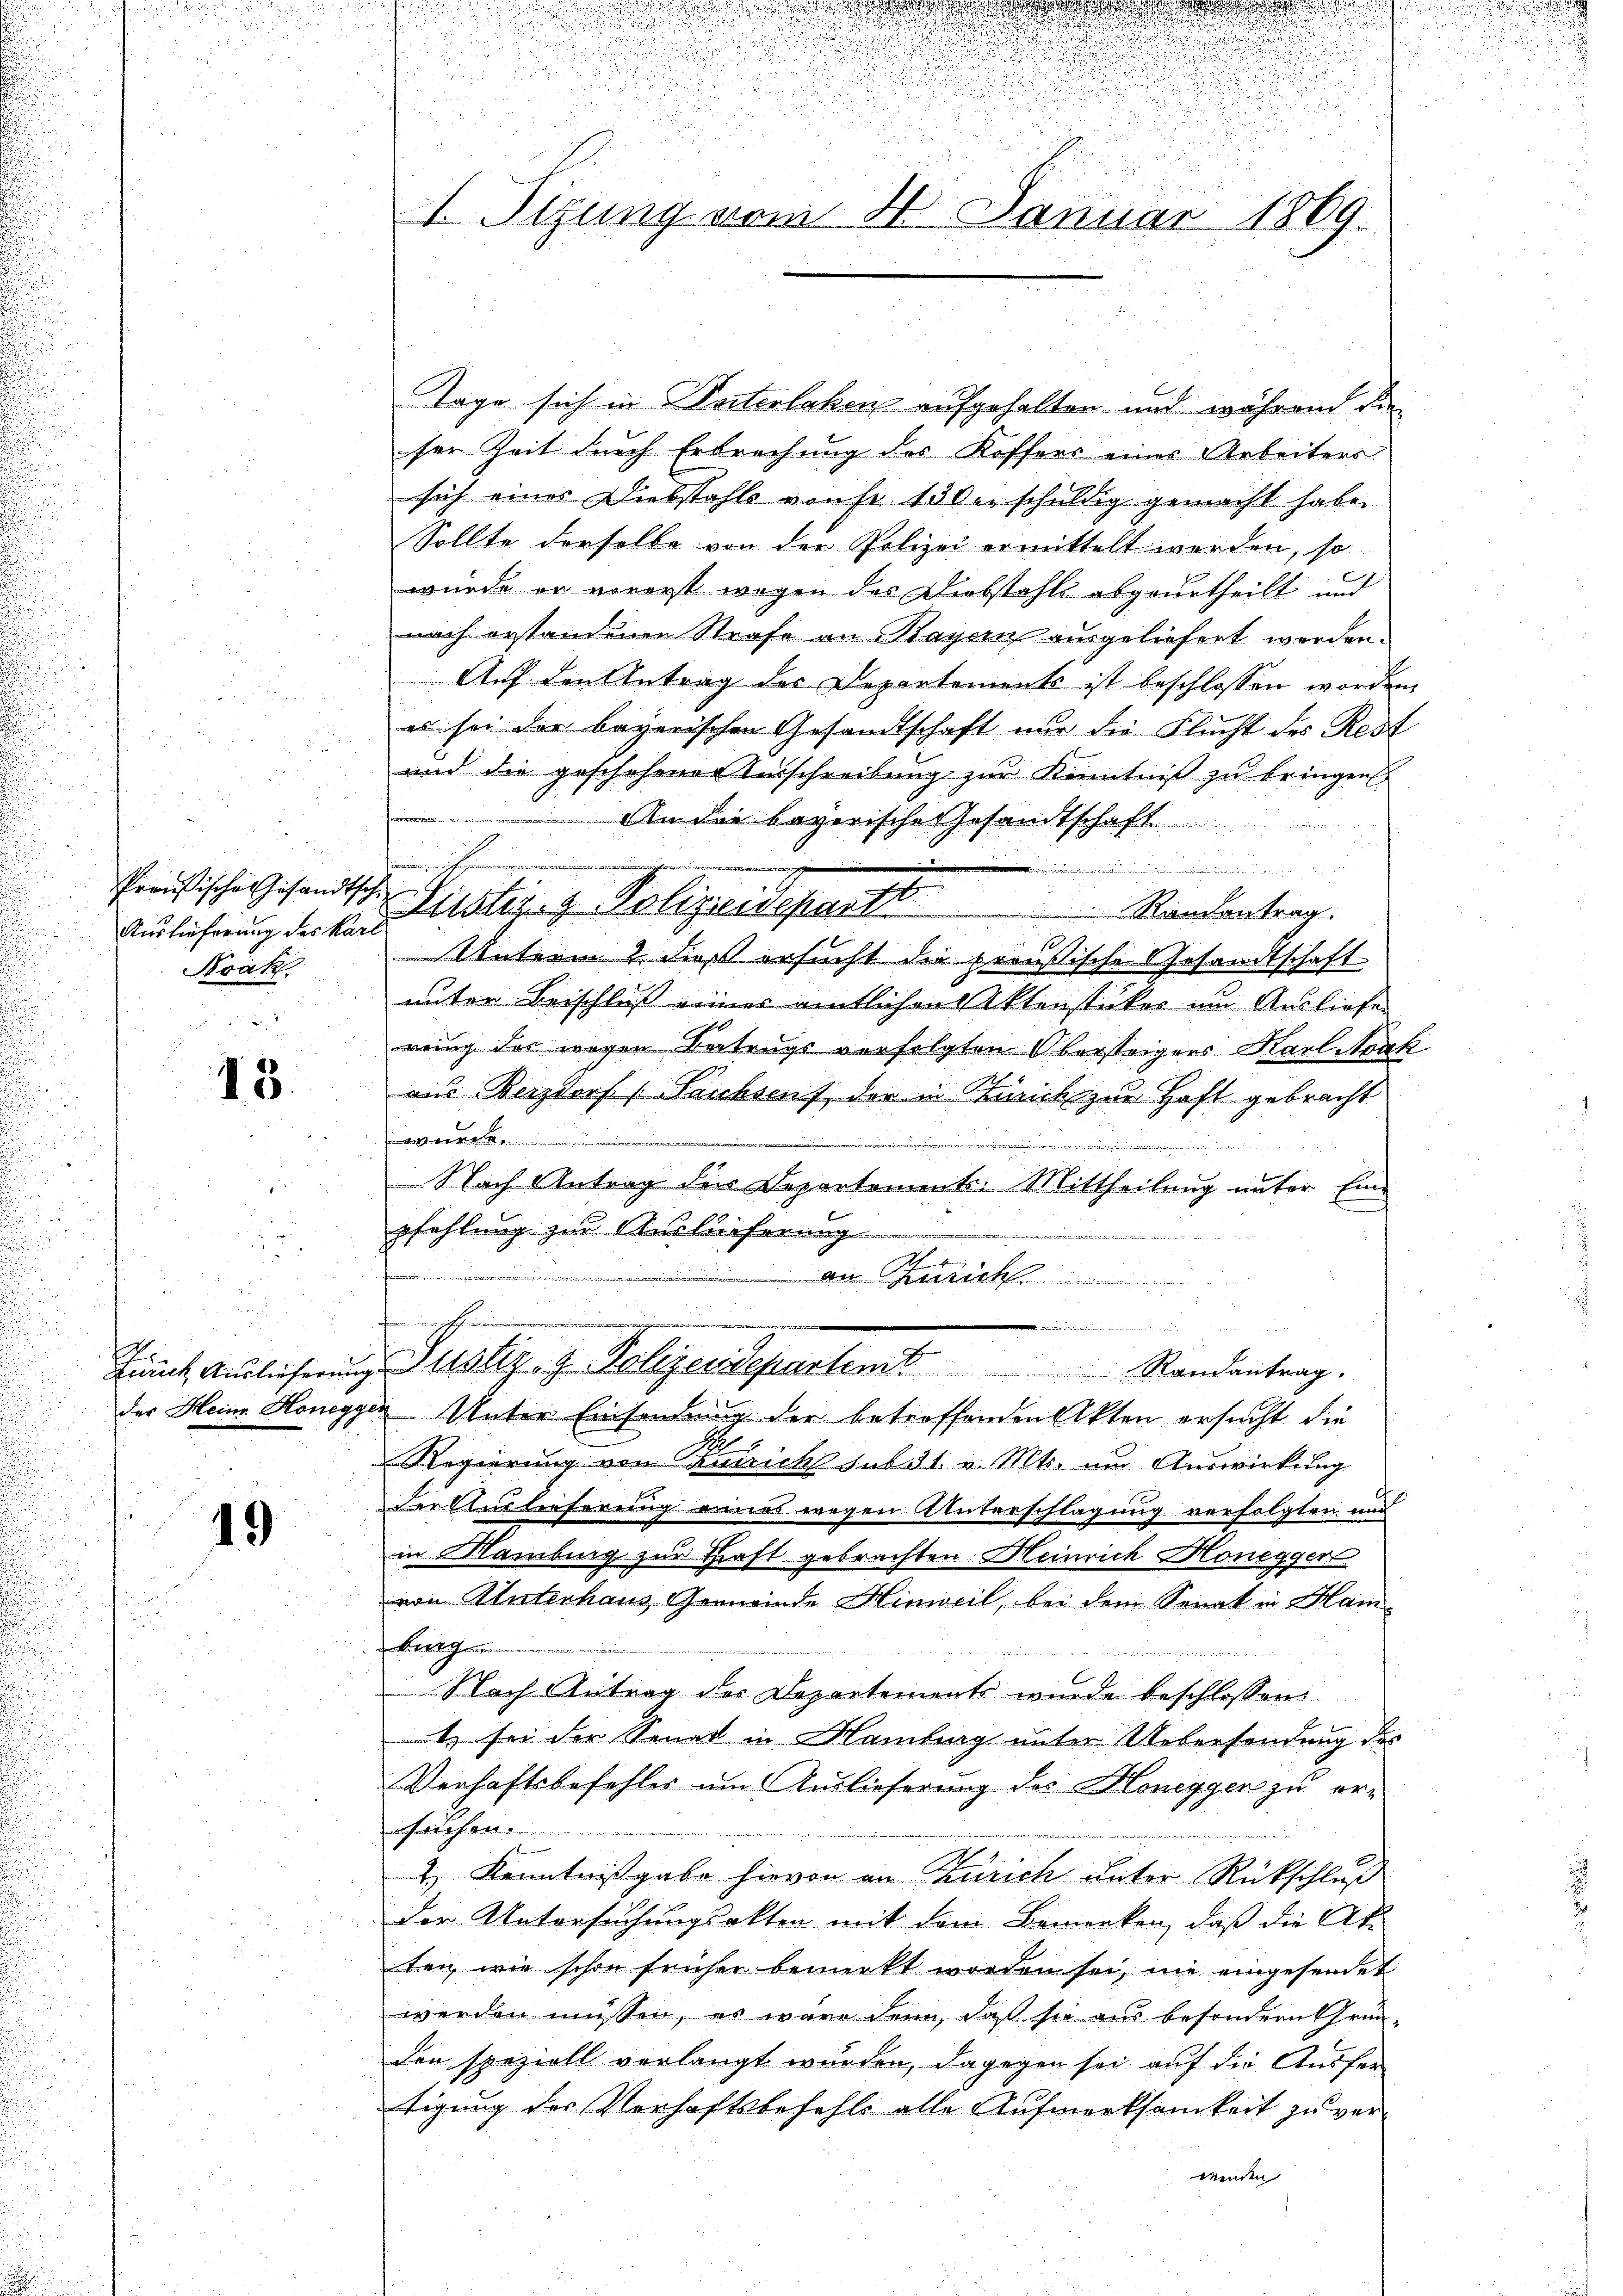
Preußische Gesandts
Auslieferung des Kar
Nrák.

13.

.
des Heine Honegg

19

u

.
I Sizung vom 21. Januar 1869.

u

a
u

Tage sich in Seiterleben aufgehalten und während die
ser Zeit durch Erbrechung des Koffers eines Arbeiters.
sich eines Diebstahls von fr. 130 u. schuldig gemacht habe.
Sollte derselbe von der Polizei ermittelt werden, so
wurde er vorerst wegen des Diebstahls abgeurtheilt und
nach erstandener Strafe an Hagen ausgeliefert werden.
Auf den Antrag des Departements ist beschlossen worden
es sei der bayerischen Gesandtschaft nur die Flucht des Rest
und die geschehener Ausschreibung zur Kenntniß zu bringen
An die bayerische Gesandtschaft

 Justiz- & Polizeideparte
 Rindentrag.
Unterm 2. dieß ersucht die preußische Gesandtschaft-
unter Beischluß eines amtlichen Aktenstücker um Ausliefe
rring des wegen Vertrags verfolgten Obersteigers Karl Nock
aus Berzdorf (Saubseuf, der in Zürich zur Haft gebracht
e
Nach Antrag der Departements. Mittheilung unter Einpfehlung zur Auslieferung
r
hörigen unte
de Gerich
324
.
e
Durch Auslieferung ustiz- & Polizeidepartem Randantrag.
in Unter Einsendung der betreffenden Akten ersucht, die
Regierung von Zürich sub 31. v. Mts. und Auswirkung
Cer Auslieferung eines wegen Unterschlagung verfolgten und
in Nambig zur Kraft gebrachten Heinrich Honegger
von Unterhaus Gemeinde Hinweil, bei dem Senat in Ham
Burg
u
Nach Antrag der Departements wurde beschlossen:
t sei der Senat in Hamburg unter Uebersendung des
Verhaftsbefehles um Auslieferung des Honegger zu erflichen.
2) Kenntnißgabe hievon an Zürich Later Rückschluß
der Untersuchungsakten mit dem Bemerken, daß die Ak-
ten, wie schon früher bemerkt worden sei, nie eingesendet
werden müssen, es wäre denn, daß sie aus besondern Grün-
den speziell verlangt wurden, dagegen sei auf die Ausfer
tigung des Verhaftsbefehls alle Aufmerksamkeit zu verwenden